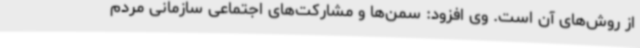
از روش‌های آن است. وی افزود: سمن‌ها و مشارکت‌های اجتماعی سازمانی مردم